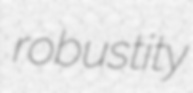
robustity